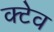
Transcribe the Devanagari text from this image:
क्टेव